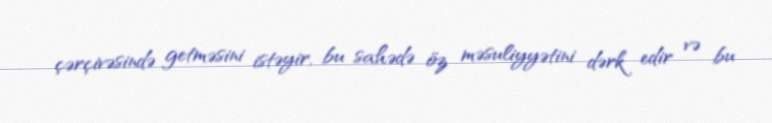
çərçivəsində getməsini istəyir, bu sahədə öz məsuliyyətini dərk edir və bu